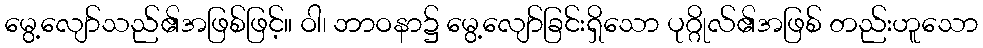
မွေ့လျော်သည်၏အဖြစ်ဖြင့်။ ဝါ၊ ဘာဝနာ၌ မွေ့လျော်ခြင်းရှိသော ပုဂ္ဂိုလ်၏အဖြစ် တည်းဟူသော